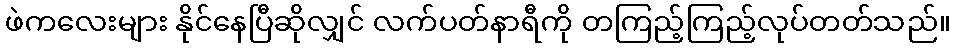
ဖဲကလေးများ နိုင်နေပြီဆိုလျှင် လက်ပတ်နာရီကို တကြည့်ကြည့်လုပ်တတ်သည်။